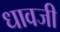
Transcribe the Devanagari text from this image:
धावजी